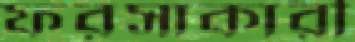
ফরসাকারী